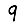
Digit: 9